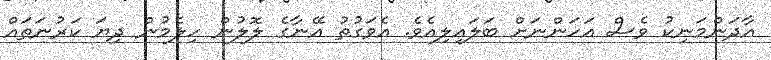
އާދަންމަނިކު ވެސް އަހަންނަށް ބަލައިލިއެވެ. އެވަގުތު އޭނާގެ ލޮލުން ހިލެމުން ދިޔަ ކަރުނަތައް